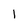
Character: 1